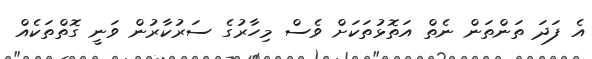
އެ ފަދަ ތަންތަން ނެތް އަތޮޅުތަކަށް ވެސް މިހާރުގެ ސަރުކާރުން ވަނީ ގޮތްތަކެއް